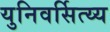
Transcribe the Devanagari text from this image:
युनिवर्सित्य्य